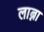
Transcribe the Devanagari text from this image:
लाब्ना